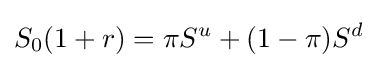
S_{0}(1+r)=\pi S^{u}+(1-\pi )S^{d}